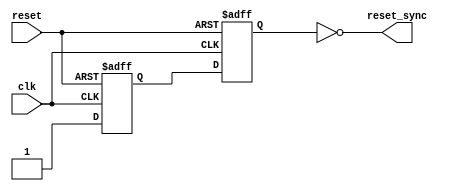
`timescale 1ns / 1ps
//****************************************************************// 
//                                                                // 
//  Created by       Thomas Nguyen on 9/13/18    .                // 
//  Copyright c 2019 Thomas Nguyen. All rights reserved.          // 
//                                                                // 
//                                                                // 
//  In submitting this file for class work at CSULB               // 
//  I am confirming that this is my work and the work             // 
//  of no one else. In submitting this code I acknowledge that    // 
//  plagiarism in student project work is subject to dismissal.   //  
//  from the class                                                // 
//****************************************************************// 
/* Description: 
 * Asynchronous in and synchronous out for reset.
 */
module AISO_register(clk, reset, reset_sync);
   input      clk, reset;
   output     reset_sync;
   reg        q, d_reg;
   
   always@(posedge clk or posedge reset)
      if(reset) begin
                  d_reg <= 1'b0; 
                  q <= 1'b0; 
                end else begin
                  d_reg <= 1'b1;
                  q <= d_reg;
                end
   
   assign reset_sync = ~q;
   
endmodule